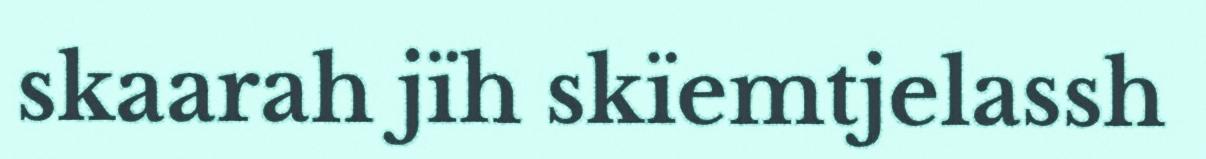
skaarah jïh skïemtjelassh